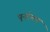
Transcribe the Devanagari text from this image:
पुनर्रचन